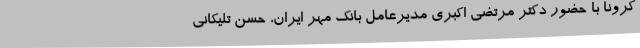
کرونا با حضور دکتر مرتضی اکبری مدیرعامل بانک مهر ایران، حسن تلیکانی